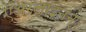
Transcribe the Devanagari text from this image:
एअरलाइनन्